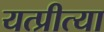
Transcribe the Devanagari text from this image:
यत्प्रीत्या